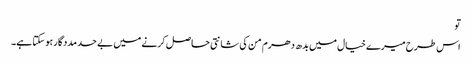
تو
اس طرح میرے خیال میں بدھ دھرم من کی شانتی حاصل کرنے میں بے حد مددگار ہو سکتا ہے۔